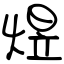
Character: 煜